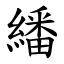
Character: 繙